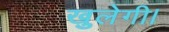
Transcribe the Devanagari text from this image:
खुलेगी।